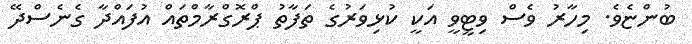
ބުންޏެވެ. މިހާރު ވެސް ވިޓީވީ އަކީ ކުޅިވަރުގެ ތަފާތު ޕްރޮގްރާމްތައް އުފައްދާ ގެނެސްދޭ